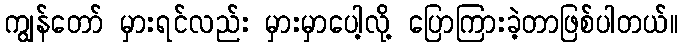
ကျွန်တော် မှားရင်လည်း မှားမှာပေါ့လို့ ပြောကြားခဲ့တာဖြစ်ပါတယ်။